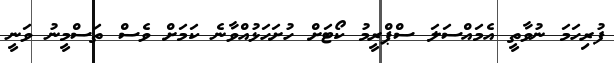
ފުރިހަމަ ނުވާތީ އެމައްސަލަ ސްޕްރީމު ކޯޓަށް ހުށަހަޅުއްވާނެ ކަމަށް ވެސް ތަސްމީނު ވަނީ